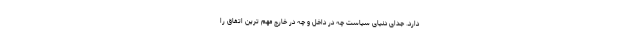
دارد. جدای دنیای سیاست چه در داخل و چه در خارج مهم ترین اتفاق را